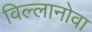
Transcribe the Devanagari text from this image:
विल्लानोवा